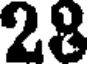
28